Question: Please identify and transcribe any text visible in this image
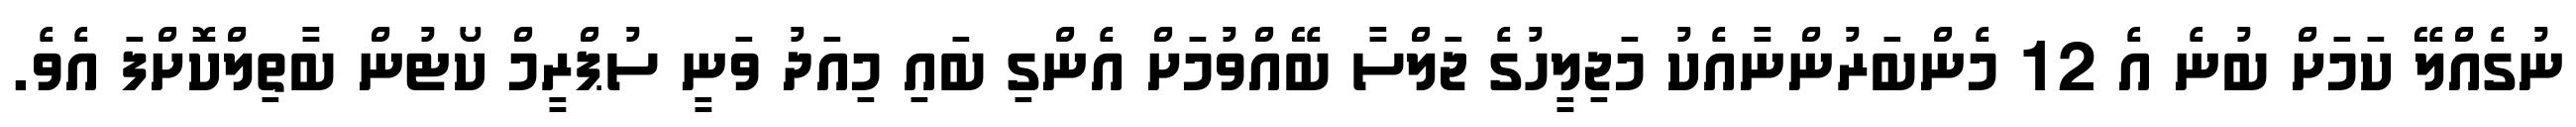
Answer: ނުގެއްލޭ ކަމަށް ބުނެ އެ 12 މެންބަރުންނާއެކު މަޖިލީހުގެ ޖަލްސާ ބޭއްވުމަށް އެންގި ބައި މިއަދު ވަނީ ސުޕްރީމް ކޯޓުން ބާތިލްކޮށްފަ އެވެ.